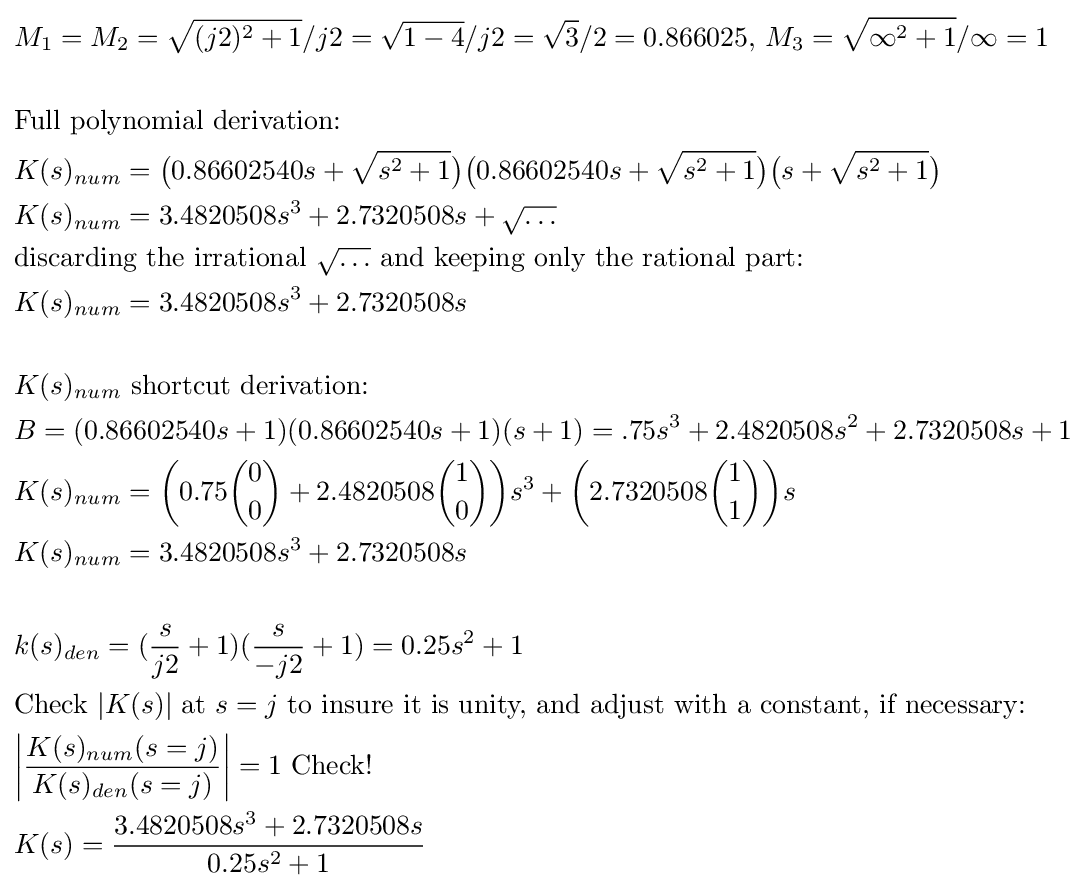
{\begin{aligned}&M_{1}=M_{2}={\sqrt {(j2)^{2}+1}}/j2={\sqrt {1-4}}/j2={\sqrt {3}}/2=0.866025{\text{, }}M_{3}={\sqrt {\infty ^{2}+1}}/\infty =1\\&\\&{\text{Full polynomial derivation:}}\\&K(s)_{num}={\bigr (}0.86602540s+{\sqrt {s^{2}+1}}{\bigr )}{\bigr (}0.86602540s+{\sqrt {s^{2}+1}}{\bigr )}{\bigr (}s+{\sqrt {s^{2}+1}}{\bigr )}\\&K(s)_{num}=3.4820508s^{3}+2.7320508s+{\sqrt {\dots }}\\&{\text{discarding the irrational }}{\sqrt {\dots }}{\text{ and keeping only the rational part:}}\\&K(s)_{num}=3.4820508s^{3}+2.7320508s\\&\\&K(s)_{num}{\text{ shortcut derivation:}}\\&B=(0.86602540s+1)(0.86602540s+1)(s+1)=.75s^{3}+2.4820508s^{2}+2.7320508s+1\\&K(s)_{num}={\bigg (}0.75{\binom {0}{0}}+2.4820508{\binom {1}{0}}{\bigg )}s^{3}+{\bigg (}2.7320508{\binom {1}{1}}{\bigg )}s\\&K(s)_{num}=3.4820508s^{3}+2.7320508s\\&\\&k(s)_{den}=({\frac {s}{j2}}+1)({\frac {s}{-j2}}+1)=0.25s^{2}+1\\&{\text{Check }}|K(s)|{\text{ at }}s=j{\text{ to insure it is unity, and adjust with a constant, if necessary:}}\\&{\bigg |}{\frac {K(s)_{num}(s=j)}{K(s)_{den}(s=j)}}{\bigg |}=1{\text{ Check!}}\\&K(s)={\frac {3.4820508s^{3}+2.7320508s}{0.25s^{2}+1}}\\\end{aligned}}